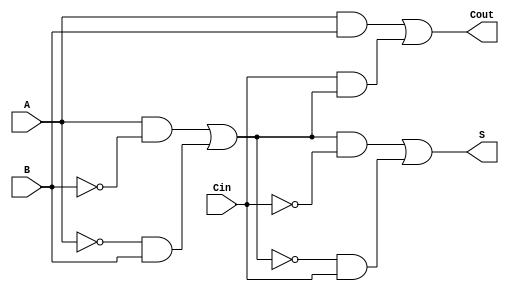
module TransmissionGateFullAdder (
    input wire A,     // First binary input
    input wire B,     // Second binary input
    input wire Cin,   // Carry-in input
    output wire S,    // Sum output
    output wire Cout   // Carry-out output
);

// Internal wires for intermediate calculations
wire AB, A_xor_B, Cin_xor_A_B;

// Transmission Gate for A XOR B
assign A_xor_B = (A & ~B & 1'b1) | (~A & B & 1'b1); // A XOR B using transmission gates
// Transmission Gate for (A XOR B) XOR Cin
assign S = (A_xor_B & ~Cin & 1'b1) | (~A_xor_B & Cin & 1'b1); // (A XOR B) XOR Cin

// Carry-out logic
assign AB = A & B; // A AND B
assign Cout = AB | (Cin & A_xor_B); // Cout = (A AND B) OR (Cin AND (A XOR B))

endmodule